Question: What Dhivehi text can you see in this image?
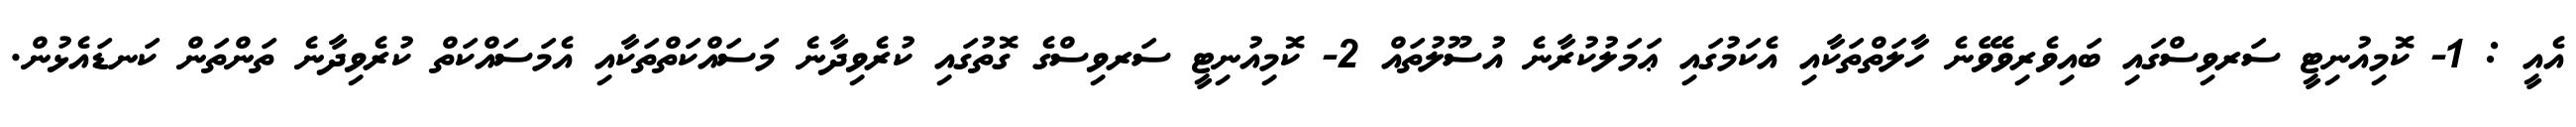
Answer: އެއީ : 1- ކޮމިއުނިޓީ ސަރވިސްގައި ބައިވެރިވެވޭނެ ހާލަތްތަކާއި އެކަމުގައި ޢަމަލުކުރާނެ އުސޫލުތައް 2- ކޮމިއުނިޓީ ސަރވިސްގެ ގޮތުގައި ކުރެވިދާނެ މަސައްކަތްތަކާއި އެމަސައްކަތް ކުރެވިދާނެ ތަންތަން ކަނޑައެޅުން.